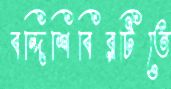
বন্দিশিবিরটিতে